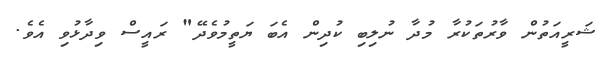
ޝަރީއަތުން ވާރުތަކުރާ މުދާ ނުލިބި ކުދިން އެބަ ޔަތީމުވެދޭ" ރައީސް ވިދާޅުވި އެވެ.